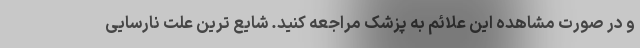
و در صورت مشاهده این علائم به پزشک مراجعه کنید. شایع ترین علت نارسایی